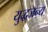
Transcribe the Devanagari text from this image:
युद्धजन्‍य